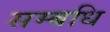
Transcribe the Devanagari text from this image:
सम्बधि